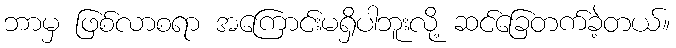
ဘာမှ ဖြစ်လာစရာ အကြောင်းမရှိပါဘူးလို့ ဆင်ခြေတက်ခဲ့တယ်။